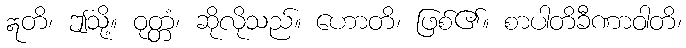
ဣတိ၊ ဤသို့။ ဝုတ္တံ၊ ဆိုလိုသည်။ ဟောတိ၊ ဖြစ်၏။ စာပါတိခီဏာဝါတိ၊